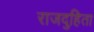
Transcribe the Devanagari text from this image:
राजदुहिता